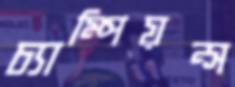
চ্যাম্পিয়ন্স